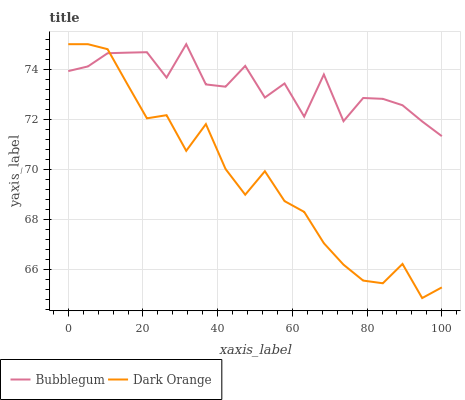
| xaxis_label | Bubblegum | Dark Orange |
 | --- | --- | --- |
 | 0 | 73.9 | 75 |
 | 5.26 | 74.1 | 75 |
 | 10.5 | 74.6 | 74.8 |
 | 15.8 | 74.7 | 73.4 |
 | 21.1 | 74.7 | 72 |
 | 26.3 | 73.7 | 72.2 |
 | 31.6 | 75 | 70.7 |
 | 36.8 | 73.4 | 71.8 |
 | 42.1 | 73.3 | 70 |
 | 47.4 | 74.1 | 69 |
 | 52.6 | 72.9 | 69.9 |
 | 57.9 | 73.4 | 68.7 |
 | 63.2 | 72.1 | 68.3 |
 | 68.4 | 73.8 | 67 |
 | 73.7 | 71.9 | 66.2 |
 | 78.9 | 72.8 | 65.5 |
 | 84.2 | 72.8 | 65.4 |
 | 89.5 | 72.6 | 66.2 |
 | 94.7 | 71.9 | 64.8 |
 | 100 | 71.3 | 65.3 |